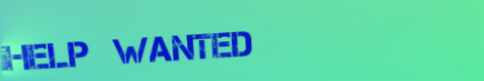
Help Wanted